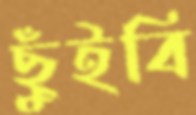
ছুঁইবি